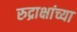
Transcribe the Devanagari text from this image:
रुद्राक्षांच्या